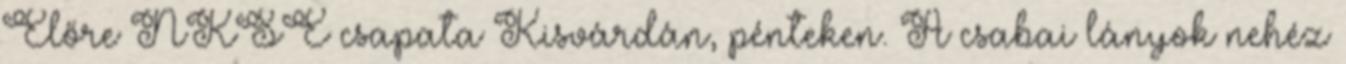
Előre NKSE csapata Kisvárdán, pénteken. A csabai lányok nehéz